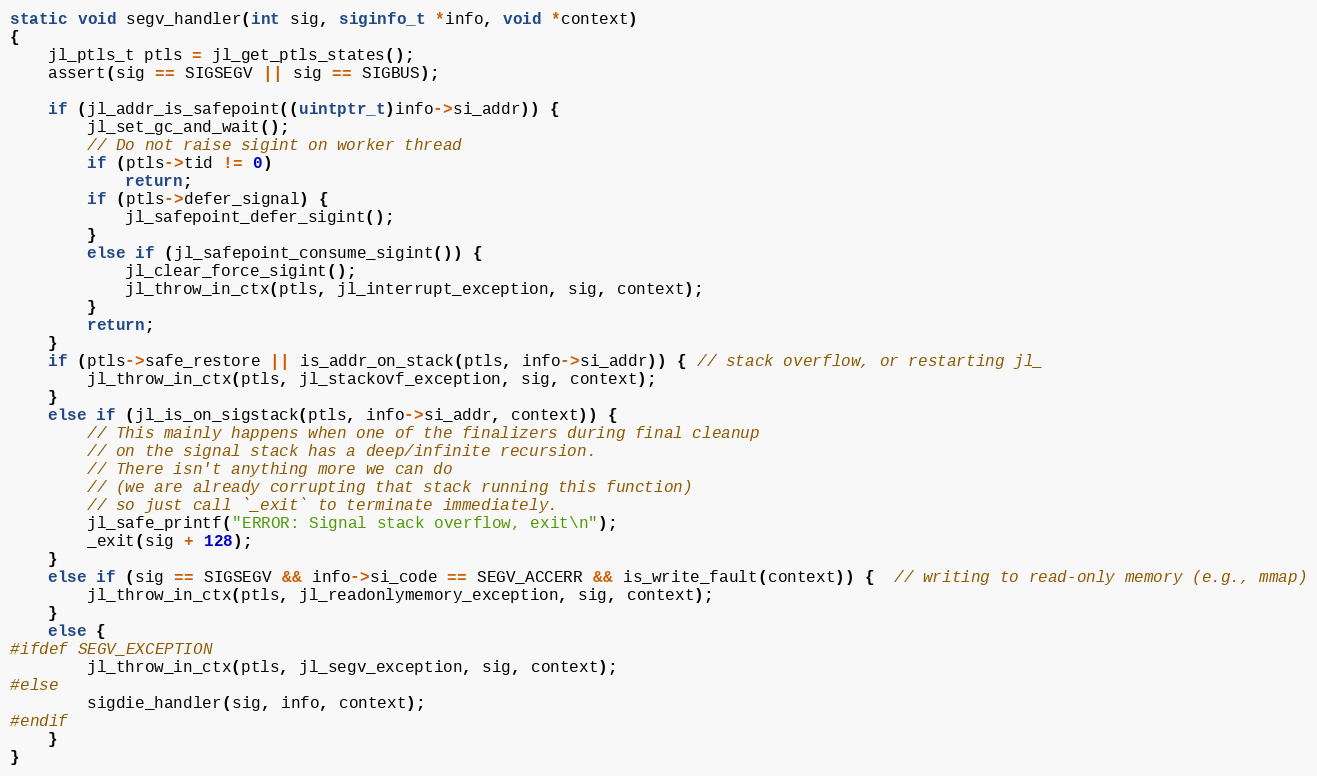
Language: C
static void segv_handler(int sig, siginfo_t *info, void *context)
{
    jl_ptls_t ptls = jl_get_ptls_states();
    assert(sig == SIGSEGV || sig == SIGBUS);

    if (jl_addr_is_safepoint((uintptr_t)info->si_addr)) {
        jl_set_gc_and_wait();
        // Do not raise sigint on worker thread
        if (ptls->tid != 0)
            return;
        if (ptls->defer_signal) {
            jl_safepoint_defer_sigint();
        }
        else if (jl_safepoint_consume_sigint()) {
            jl_clear_force_sigint();
            jl_throw_in_ctx(ptls, jl_interrupt_exception, sig, context);
        }
        return;
    }
    if (ptls->safe_restore || is_addr_on_stack(ptls, info->si_addr)) { // stack overflow, or restarting jl_
        jl_throw_in_ctx(ptls, jl_stackovf_exception, sig, context);
    }
    else if (jl_is_on_sigstack(ptls, info->si_addr, context)) {
        // This mainly happens when one of the finalizers during final cleanup
        // on the signal stack has a deep/infinite recursion.
        // There isn't anything more we can do
        // (we are already corrupting that stack running this function)
        // so just call `_exit` to terminate immediately.
        jl_safe_printf("ERROR: Signal stack overflow, exit\n");
        _exit(sig + 128);
    }
    else if (sig == SIGSEGV && info->si_code == SEGV_ACCERR && is_write_fault(context)) {  // writing to read-only memory (e.g., mmap)
        jl_throw_in_ctx(ptls, jl_readonlymemory_exception, sig, context);
    }
    else {
#ifdef SEGV_EXCEPTION
        jl_throw_in_ctx(ptls, jl_segv_exception, sig, context);
#else
        sigdie_handler(sig, info, context);
#endif
    }
}